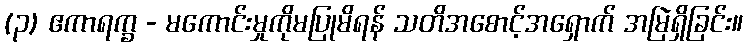
(၃) ဧကာရက္ခ - မကောင်းမှုကိုမပြုမိရန် သတိအစောင့်အရှောက် အမြဲရှိခြင်း။